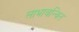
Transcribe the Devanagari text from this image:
लाभावन्वित